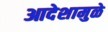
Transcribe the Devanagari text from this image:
आदेशामुळे